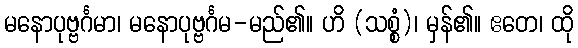
မနောပုဗ္ဗင်္ဂမာ၊ မနောပုဗ္ဗင်္ဂမ-မည်၏။ ဟိ (သစ္စံ)၊ မှန်၏။ ဧတေ၊ ထို